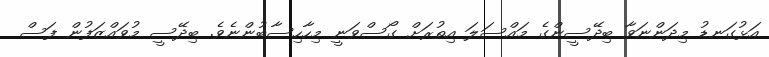
އަޅުގަނޑު މިދަންނަވާ ބިދޭސީންގެ މައްސަލަ އިތުރަށް ގޯސްވަނީ މިހާހިސާބުންނެވެ. ބިދޭސީ މުވައްޒަފުން ފަސް